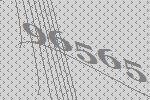
96565